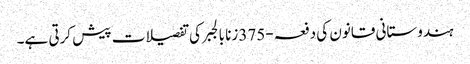
ہندوستانی قانون کی دفعہ-375زنا بالجبر کی تفصیلات پیش کرتی ہے۔